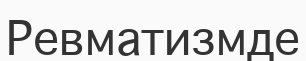
Ревматизмде